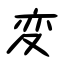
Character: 変